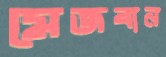
মেজবান